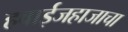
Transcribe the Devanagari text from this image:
हवाईजहाजाचा